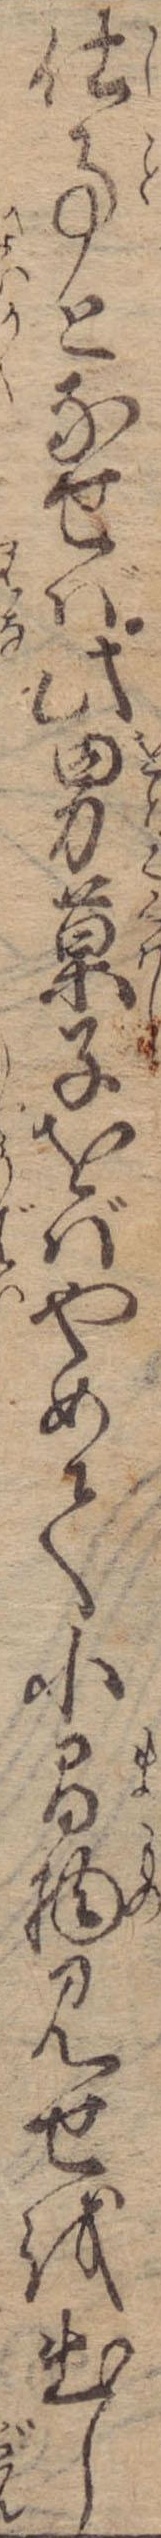
仕事となせば此男菓子をばやめて小間物見せを出し